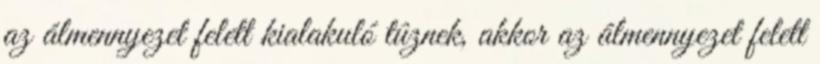
az álmennyezet felett kialakuló tûznek, akkor az álmennyezet felett